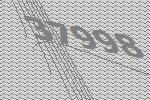
37998